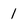
Character: 1